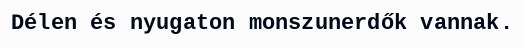
Délen és nyugaton monszunerdők vannak.